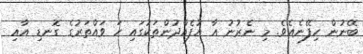
ބޭނުން ހިފޭނެއެވެ. މި ނެރުނު އާ އުފެއްދުންތަކުގައި ހަ ވައްތަރުގެ ގޮނޑި އާއި